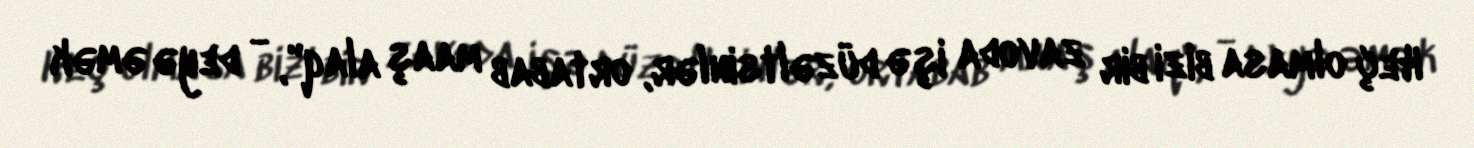
Heç olmasa bizi bir zavoda işə düzəltsinlər, ortabab maaş alaq", - deyə əmək